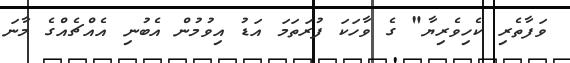
ވަފާތެރި ކެހިވެރިޔާ" ގެ ވާހަކަ ފުރަތަމަ އަޑު އިވުމުން އެބުނި އެއްޗެއްގެ މާނަ